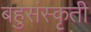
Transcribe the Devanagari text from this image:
बहुसंस्कृती